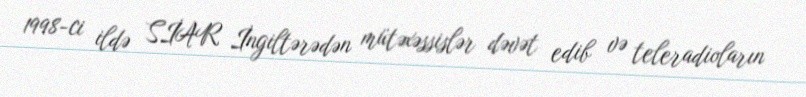
1998-ci ildə SİAR İngiltərədən mütəxəssislər dəvət edib və teleradioların